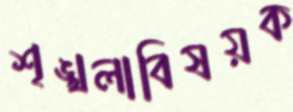
শৃঙ্খলাবিষয়ক